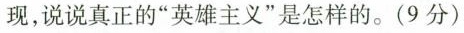
现，说说真正的”英雄主义”是怎样的。(9分)